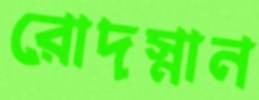
রোদস্নান